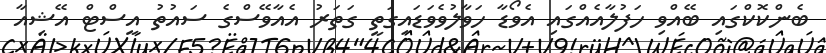
ބެންކޮކްގައި ބޭއްވި ހަފުލާއެއްގައި އެވޯޑާ ހަވާލުވެވަޑައިގަތީ ގަތަރު އެއާވޭސްގެ ސައުތު އީސްޓް އޭޝިއާ